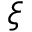
\xi